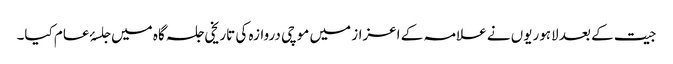
جیت کے بعد لاہوریوں نے علامہ کے اعزاز میں موچی دروازہ کی تاریخی جلسہ گاہ میں جلسۂ عام کیا۔